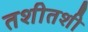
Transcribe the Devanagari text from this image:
तशीतशी